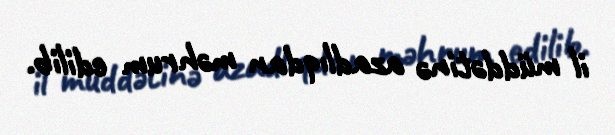
il müddətinə azadlıqdan məhrum edilib.